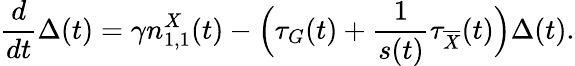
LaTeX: \frac{d}{dt}\Delta(t)=\gamma n_{1,1}^{X}(t)-\Big(\tau_{G}(t)+\frac{1}{s(t)}\tau_{\overline{{X}}}(t)\Big)\Delta(t).